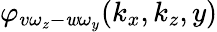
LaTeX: \varphi_{v\omega_{z}-\mathit{w}\omega_{y}}(k_{x},k_{z},y)